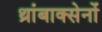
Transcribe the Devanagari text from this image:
थ्रांबाक्सेनों